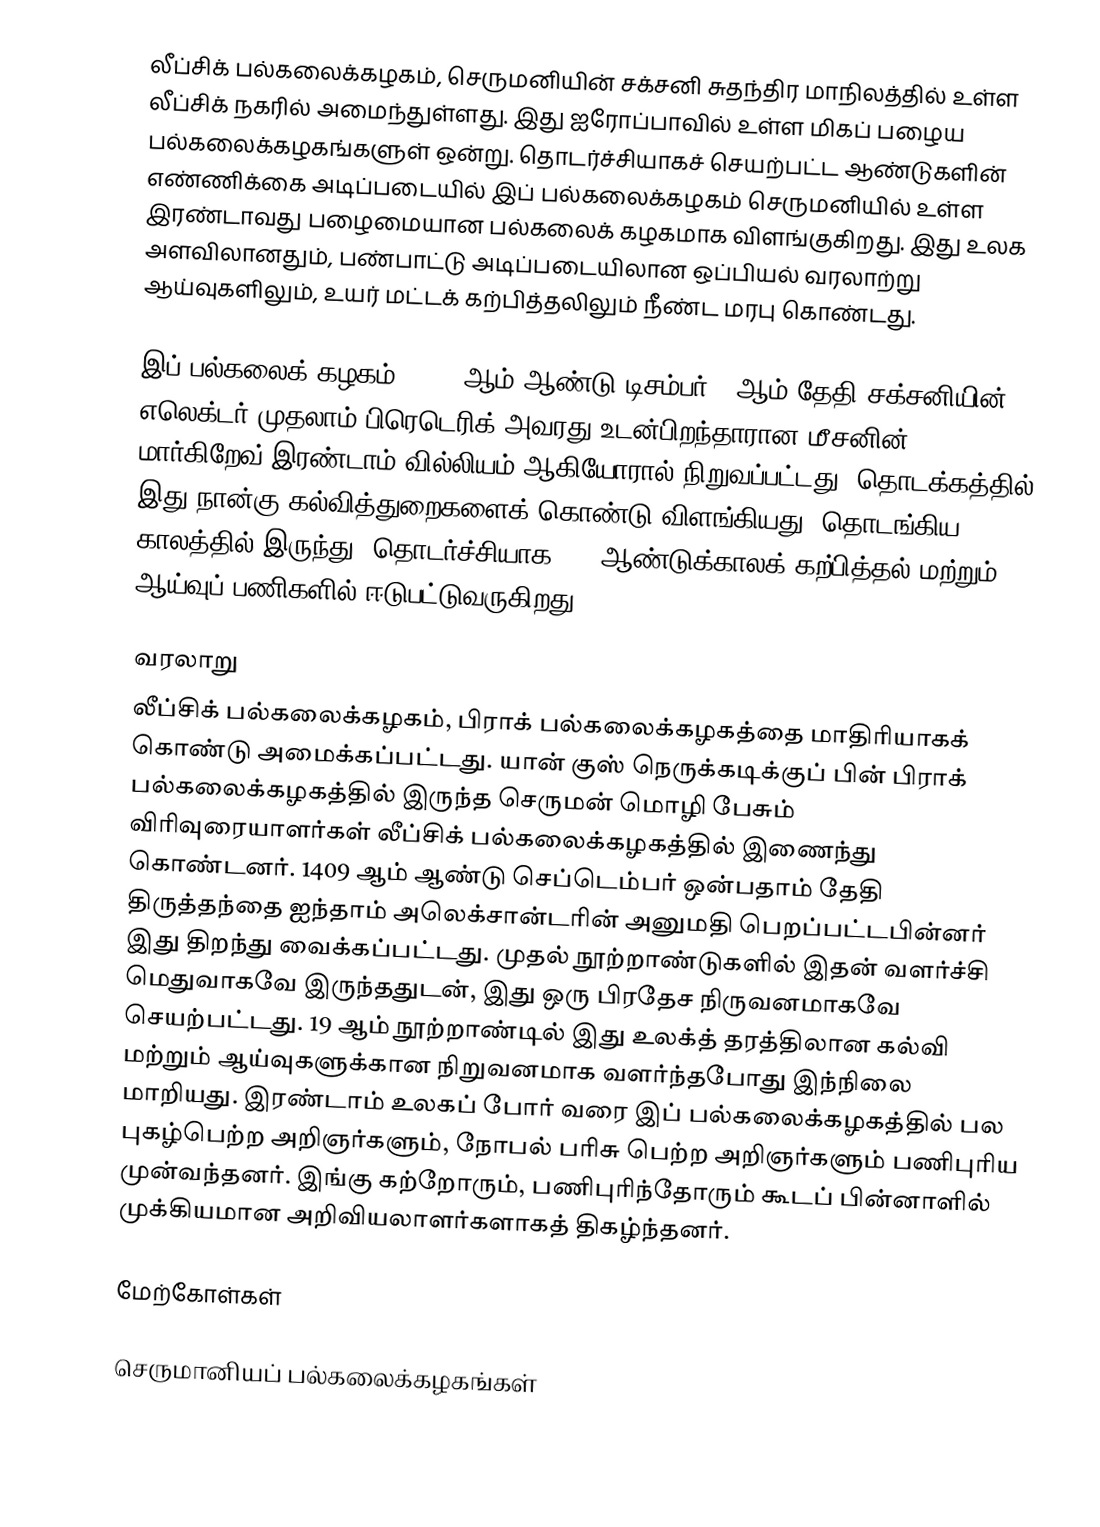
லீப்சிக் பல்கலைக்கழகம், செருமனியின் சக்சனி சுதந்திர மாநிலத்தில் உள்ள லீப்சிக் நகரில் அமைந்துள்ளது. இது ஐரோப்பாவில் உள்ள மிகப் பழைய பல்கலைக்கழகங்களுள் ஒன்று. தொடர்ச்சியாகச் செயற்பட்ட ஆண்டுகளின் எண்ணிக்கை அடிப்படையில் இப் பல்கலைக்கழகம் செருமனியில் உள்ள இரண்டாவது பழைமையான பல்கலைக் கழகமாக விளங்குகிறது. இது உலக அளவிலானதும், பண்பாட்டு அடிப்படையிலான ஒப்பியல் வரலாற்று ஆய்வுகளிலும், உயர் மட்டக் கற்பித்தலிலும் நீண்ட மரபு கொண்டது.

இப் பல்கலைக் கழகம், 1409 ஆம் ஆண்டு டிசம்பர் 2 ஆம் தேதி சக்சனியின் எலெக்டர் முதலாம் பிரெடெரிக் அவரது உடன்பிறந்தாரான மீசனின் மார்கிறேவ் இரண்டாம் வில்லியம் ஆகியோரால் நிறுவப்பட்டது. தொடக்கத்தில் இது நான்கு கல்வித்துறைகளைக் கொண்டு விளங்கியது. தொடங்கிய காலத்தில் இருந்து, தொடர்ச்சியாக 600 ஆண்டுக்காலக் கற்பித்தல் மற்றும் ஆய்வுப் பணிகளில் ஈடுபட்டுவருகிறது.

வரலாறு
லீப்சிக் பல்கலைக்கழகம், பிராக் பல்கலைக்கழகத்தை மாதிரியாகக் கொண்டு அமைக்கப்பட்டது. யான் குஸ் நெருக்கடிக்குப் பின் பிராக் பல்கலைக்கழகத்தில் இருந்த செருமன் மொழி பேசும் விரிவுரையாளர்கள் லீப்சிக் பல்கலைக்கழகத்தில் இணைந்து கொண்டனர். 1409 ஆம் ஆண்டு செப்டெம்பர் ஒன்பதாம் தேதி திருத்தந்தை ஐந்தாம் அலெக்சான்டரின் அனுமதி பெறப்பட்டபின்னர் இது திறந்து வைக்கப்பட்டது. முதல் நூற்றாண்டுகளில் இதன் வளர்ச்சி மெதுவாகவே இருந்ததுடன், இது ஒரு பிரதேச நிருவனமாகவே செயற்பட்டது. 19 ஆம் நூற்றாண்டில் இது உலக்த் தரத்திலான கல்வி மற்றும் ஆய்வுகளுக்கான நிறுவனமாக வளர்ந்தபோது இந்நிலை மாறியது. இரண்டாம் உலகப் போர் வரை இப் பல்கலைக்கழகத்தில் பல புகழ்பெற்ற அறிஞர்களும், நோபல் பரிசு பெற்ற அறிஞர்களும் பணிபுரிய முன்வந்தனர். இங்கு கற்றோரும், பணிபுரிந்தோரும் கூடப் பின்னாளில் முக்கியமான அறிவியலாளர்களாகத் திகழ்ந்தனர்.

மேற்கோள்கள்

செருமானியப் பல்கலைக்கழகங்கள்